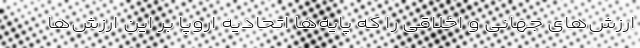
ارزش‌های جهانی و اخلاقی را که پایه‌ها اتحادیه اروپا بر این ارزش‌ها